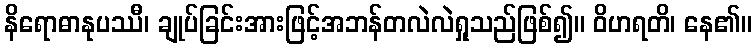
နိရောဓာနုပဿီ၊ ချုပ်ခြင်းအားဖြင့်အဘန်တလဲလဲရှုသည်ဖြစ်၍။ ဝိဟရတိ၊ နေ၏။